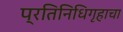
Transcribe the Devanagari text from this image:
प्रतिनिधिगृहाचा